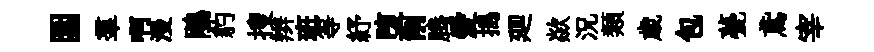
圍羣啊漫鵑豹搜辫班等紓堕削腾愛搗廽歘況類歳包甍鳶宰